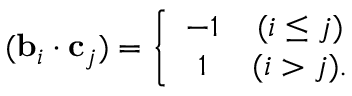
( { \bf b } _ { i } \cdot { \bf c } _ { j } ) = \left\{ \begin{array} { c c } { { - 1 } } & { { ( i \leq j ) } } \\ { { 1 } } & { { ( i > j ) . } } \end{array} \right.